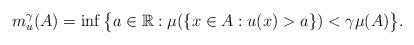
LaTeX: \begin{align*}m_u^\gamma(A)=\inf\big\{a\in\mathbb{R}: \mu(\{x\in A: u(x)>a\})< \gamma\mu(A)\big\}.\end{align*}